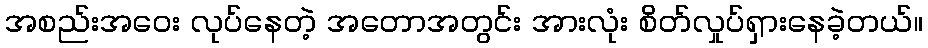
အစည်းအဝေး လုပ်နေတဲ့ အတောအတွင်း အားလုံး စိတ်လှုပ်ရှားနေခဲ့တယ်။